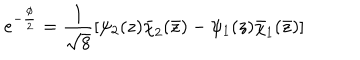
e ^ { - \frac { \phi } { 2 } } = \frac { 1 } { \sqrt { 8 } } [ \psi _ { 2 } ( z ) \bar { \chi } _ { 2 } ( \bar { z } ) - \psi _ { 1 } ( z ) \bar { \chi } _ { 1 } ( \bar { z } ) ]